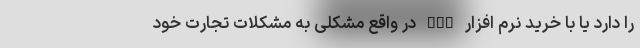
را دارد یا با خرید نرم افزار CRM در واقع مشکلی به مشکلات تجارت خود